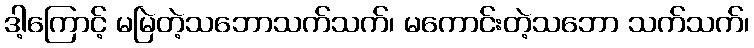
ဒါ့ကြောင့် မမြဲတဲ့သဘောသက်သက်၊ မကောင်းတဲ့သဘော သက်သက်၊